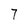
Character: 7